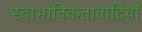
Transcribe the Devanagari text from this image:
स्वाभाविकतावादियों